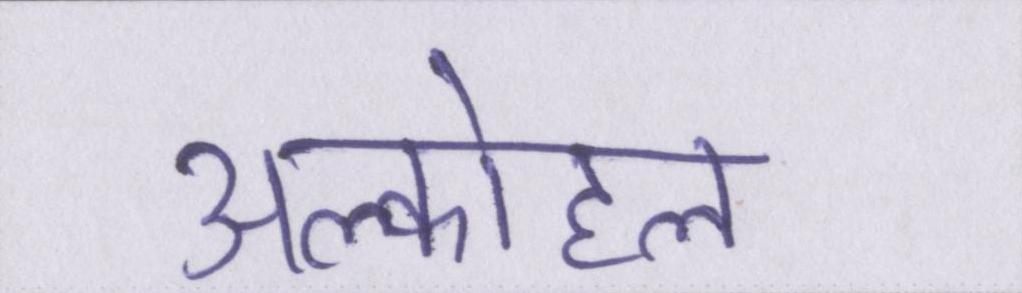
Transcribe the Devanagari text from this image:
अल्कोहल